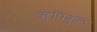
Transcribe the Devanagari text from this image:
ॠषिकुल